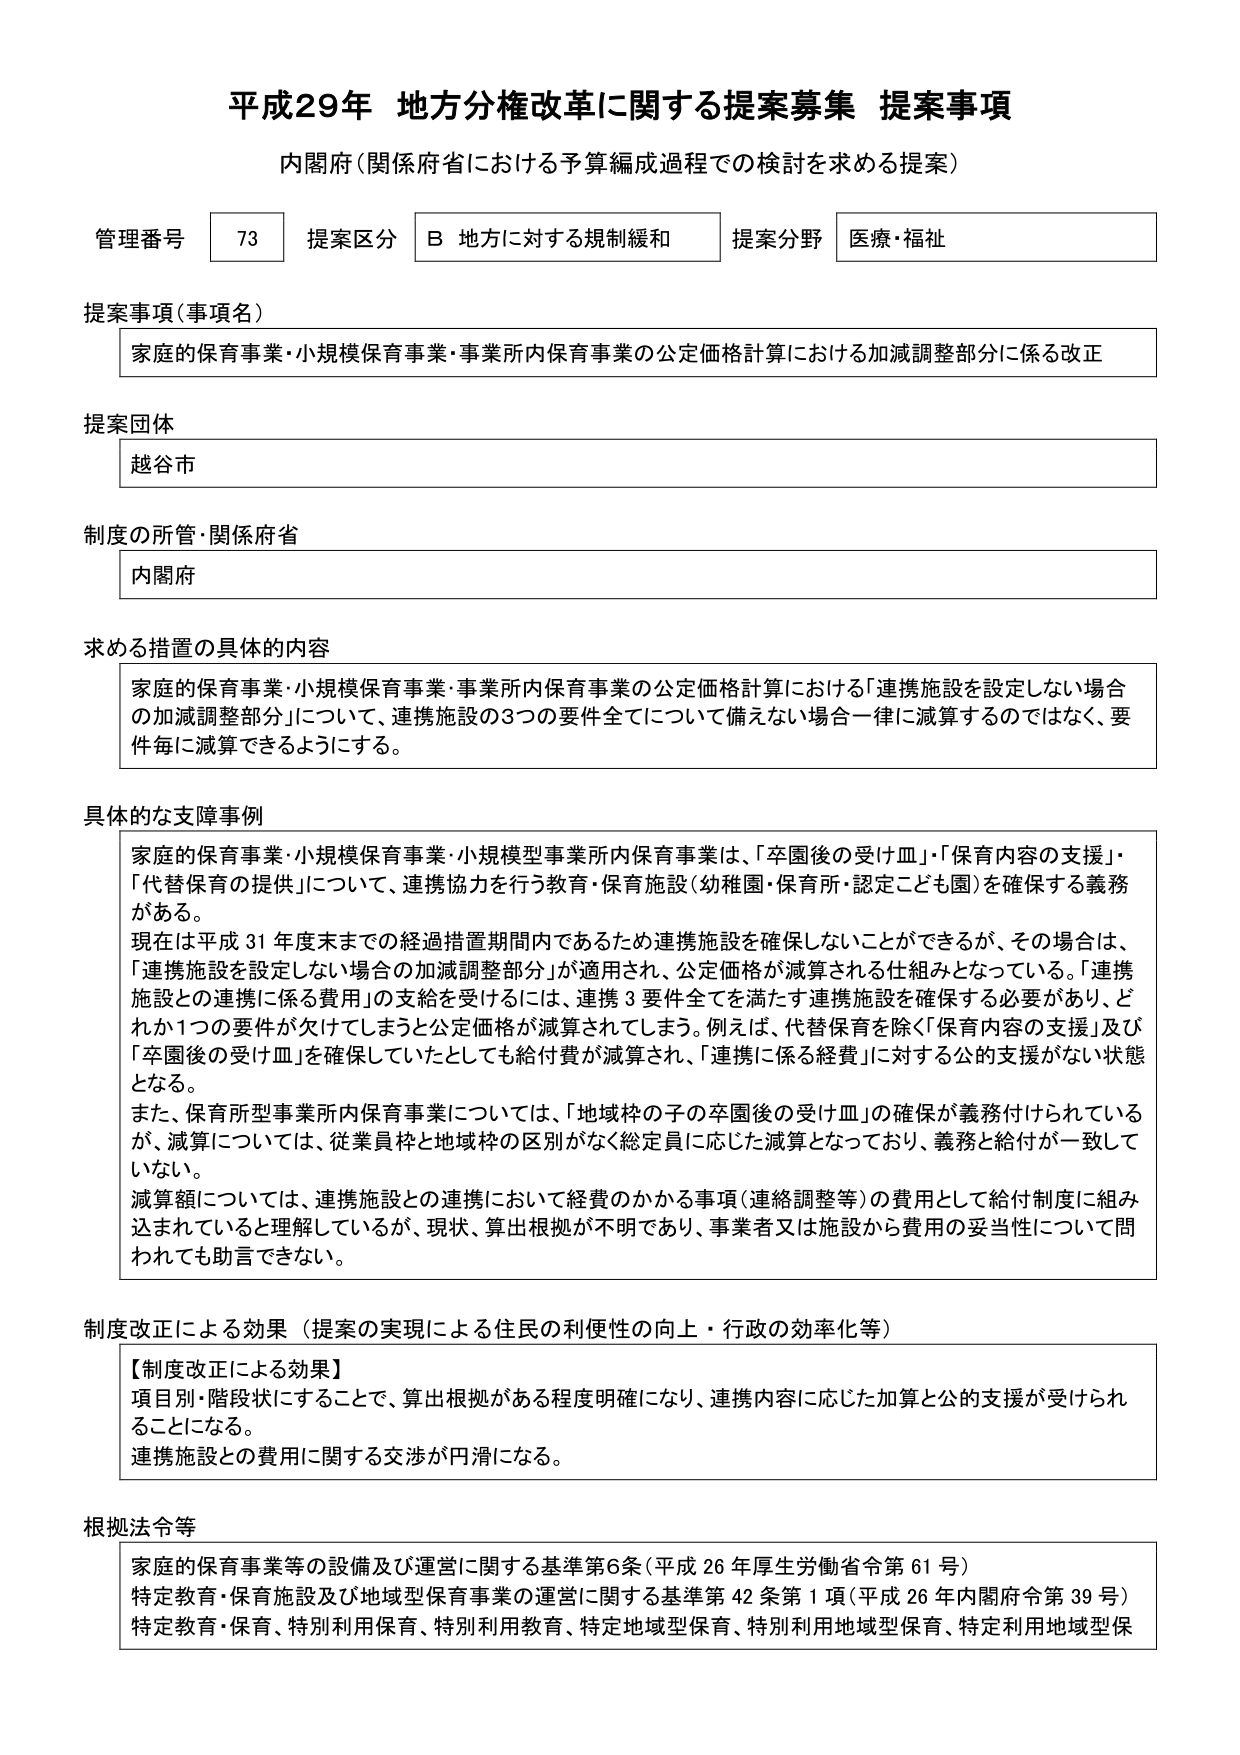
平成29年 地方分権改革に関する提案募集 提案事項
内閣府（関係府省における予算編成過程での検討を求める提案）

管理番号 73 提案区分 B 地方に対する規制緩和 提案分野 医療・福祉

提案事項（事項名）
家庭的保育事業・小規模保育事業・事業所内保育事業の公定価格計算における加減調整部分に係る改正

提案団体
越谷市

制度の所管・関係府省
内閣府

求める措置の具体的内容
家庭的保育事業・小規模保育事業・事業所内保育事業の公定価格計算における「連携施設を設定しない場合の加減調整部分」について、連携施設の3つの要件全てについて備えない場合一律に減算するのではなく、要件毎に減算できるようにする。

具体的な支障事例
家庭的保育事業・小規模保育事業・小規模型事業所内保育事業は、「卒園後の受け皿」「保育内容の支援」「代替保育の提供」について、連携協力を行う教育・保育施設（幼稚園・保育所・認定こども園）を確保する義務がある。
現在は平成31年度末までの経過措置期間内であるため連携施設を確保しないことができるが、その場合は、「連携施設を設定しない場合の加減調整部分」が適用され、公定価格が減算される仕組みとなっている。「連携施設との連携に係る費用」の支給を受けるには、連携3要件全てを満たす連携施設を確保する必要があり、どれか1つの要件が欠けてしまうと公定価格が減算されてしまう。例えば、代替保育を除く「保育内容の支援」及び「卒園後の受け皿」を確保していたとしても給付費が減算され、「連携に係る経費」に対する公的支援がない状態となる。
また、保育所型事業所内保育事業については、「地域枠の子の卒園後の受け皿」の確保が義務付けられているが、減算については、従業員枠と地域枠の区別がなく総定員に応じた減算となっており、義務と給付が一致していない。
減算額については、連携施設との連携において経費のかかる事項（連絡調整等）の費用として給付制度に組み込まれていると理解しているが、現状、算出根拠が不明であり、事業者又は施設から費用の妥当性について問われても助言できない。

制度改正による効果（提案の実現による住民の利便性の向上・行政の効率化等）
【制度改正による効果】
項目別・階段状にすることで、算出根拠がある程度明確になり、連携内容に応じた加算と公的支援が受けられることになる。
連携施設との費用に関する交渉が円滑になる。

根拠法令等
家庭的保育事業等の設備及び運営に関する基準第6条（平成26年厚生労働省令第61号）
特定教育・保育施設及び地域型保育事業の運営に関する基準第42条第1項（平成26年内閣府令第39号）
特定教育・保育、特別利用保育、特別利用教育、特定地域型保育、特別利用地域型保育、特定利用地域型保